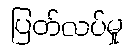
ပြတ်လပ်မှု